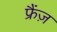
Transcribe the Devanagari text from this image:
फ्रैंज़